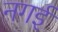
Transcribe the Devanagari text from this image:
नगई